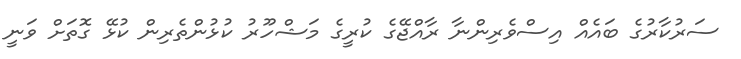
ސަރުކާރުގެ ބައެއް އިސްވެރިންނާ ރާއްޖޭގެ ކުރީގެ މަޝްހޫރު ކުޅުންތެރިން ކުޅޭ ގޮތަށް ވަނީ